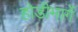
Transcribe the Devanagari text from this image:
होडीमार्गे